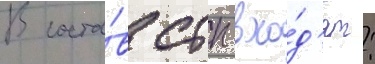
В соста́в стп вхо́д'ят: